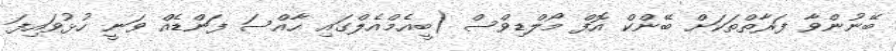
ބޭނުންވާ ފަރާތްތަކަށް ބޭންކް އޮފް މޯލްޑިވްސް (ބީއެމްއެލްގައި ހާއްސަ ފަންޑެއް ވަނީ ހުޅުވައިފަ